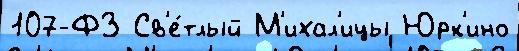
107-ФЗ Св'е́тлый М'ихал'ицы Юрк'ино